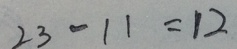
2 3 - 1 1 = 1 2